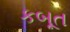
કબૂત